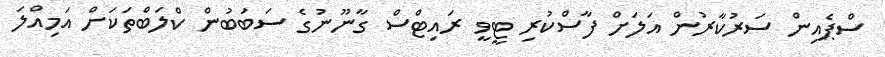
ސްޕެއިން ސަރުކާރުން އަލަށް ފާސްކުރި ޓީވީ ރައިޓްސް ގާނޫނުގެ ސަބަބުން ކްލަބްތަކަށް އަމިއްލަ